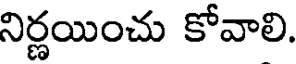
నిర్ణయించు కోవాలి.